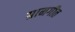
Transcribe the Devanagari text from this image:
ग्रामगीत